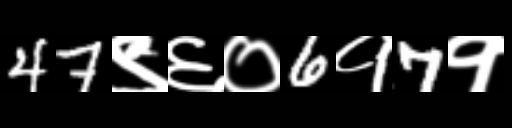
Text: 47९६०6१7१